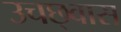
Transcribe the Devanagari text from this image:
उचछ्वास